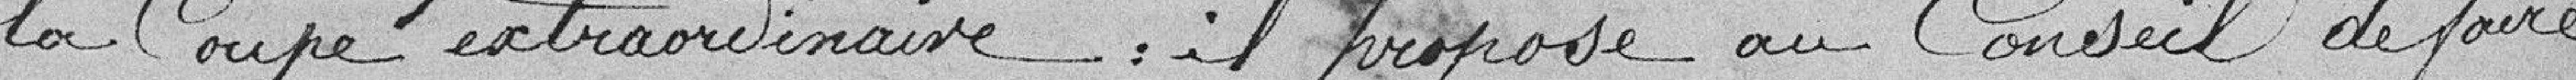
la Coupe extraordinaire. Il propose au Conseil de faire